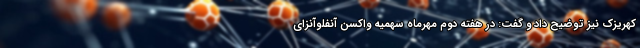
کهریزک نیز توضیح داد و گفت: در هفته دوم مهرماه سهمیه واکسن آنفلوآنزای